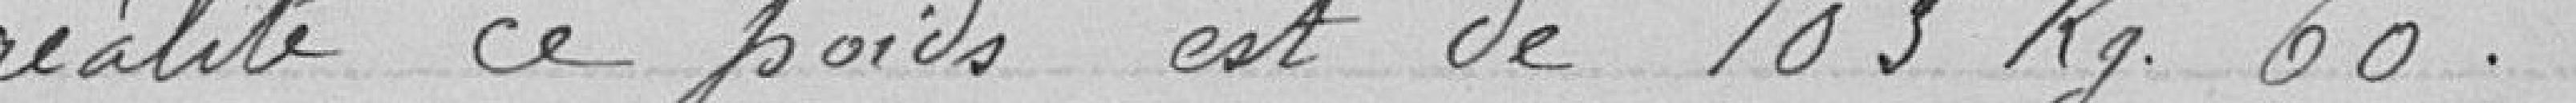
réalité ce poids est de 103 kilogrammes 60.